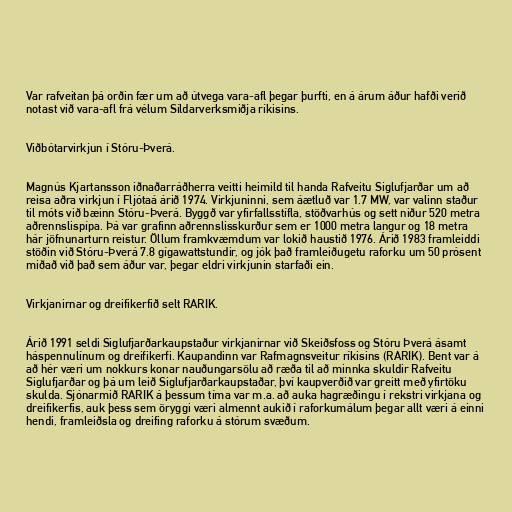
Var rafveitan þá orðin fær um að útvega vara-afl þegar þurfti, en á árum áður hafði verið
notast við vara-afl frá vélum Síldarverksmiðja ríkisins.

Viðbótarvirkjun í Stóru-Þverá.

Magnús Kjartansson iðnaðarráðherra veitti heimild til handa Rafveitu Siglufjarðar um að
reisa aðra virkjun í Fljótaá árið 1974. Virkjuninni, sem áætluð var 1.7 MW, var valinn staður
til móts við bæinn Stóru-Þverá. Byggð var yfirfallsstífla, stöðvarhús og sett niður 520 metra
aðrennslispípa. Þá var grafinn aðrennslisskurður sem er 1000 metra langur og 18 metra
hár jöfnunarturn reistur. Öllum framkvæmdum var lokið haustið 1976. Árið 1983 framleiddi
stöðin við Stóru-Þverá 7.8 gígawattstundir, og jók það framleiðugetu raforku um 50 prósent
miðað við það sem áður var, þegar eldri virkjunin starfaði ein.

Virkjanirnar og dreifikerfið selt RARIK.

Árið 1991 seldi Siglufjarðarkaupstaður virkjanirnar við Skeiðsfoss og Stóru Þverá ásamt
háspennulínum og dreifikerfi. Kaupandinn var Rafmagnsveitur ríkisins (RARIK). Bent var á
að hér væri um nokkurs konar nauðungarsölu að ræða til að minnka skuldir Rafveitu
Siglufjarðar og þá um leið Siglufjarðarkaupstaðar, því kaupverðið var greitt með yfirtöku
skulda. Sjónarmið RARIK á þessum tíma var m.a. að auka hagræðingu í rekstri virkjana og
dreifikerfis, auk þess sem öryggi væri almennt aukið í raforkumálum þegar allt væri á einni
hendi, framleiðsla og dreifing raforku á stórum svæðum.